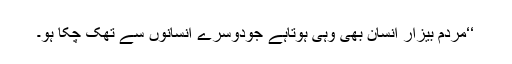
‘‘مردم بیزار انسان بھی وہی ہوتاہے جودوسرے انسانوں سے تھک چکا ہو۔